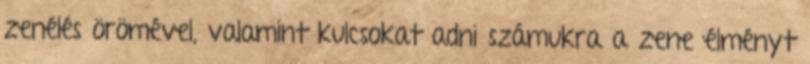
zenélés örömével, valamint kulcsokat adni számukra a zene élményt